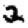
Digit: 2